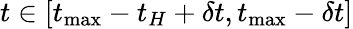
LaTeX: t\in[t_{\operatorname*{max}}-t_{H}+\delta t,t_{\operatorname*{max}}-\delta t]